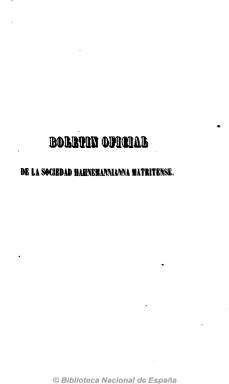
Título: Boletín oficial de la Sociedad Hahnemannianna Matritense
Otros títulos: Boletín oficial de la Sociedad Hahnemanniana Matritense
Colección: Homeopatía
Ámbito geográfico: Madrid
Lugar de publicación: Madrid
Fechas: 01/01/1846-31/12/1850

Órgano oficial de esta sociedad constituida en Madrid en noviembre de 1845, siendo su primer presidente José Núñez Pereira. El boletín aparecerá con el propósito de propagar la doctrina médica fundada por Samuel Hahnemann (1775-1843) y combatir el aislamiento que sufrían los homeópatas en España, causa de que dicha práctica no tuviera mayores conquistas, y para defenderse de los ataques que sufrían, según se señala en su artículo de presentación. También para que los homeópatas españoles estuvieran al corriente de los nuevos descubrimientos en esta materia, siendo contraria a la escuela que hermana la homeopatía con la alopatía, declarándose sus seguidores “homeópatas puros” o hahnenmanniannos.

Cada tomo anual del boletín, de entre 600 y 700 páginas, contiene artículos doctrinales, muchos de ellos traducciones, memorias, de práctica médica, noticias sobre los congresos y otras misceláneas, así como el reglamento y resúmenes de las actas de la sociedad. Al final de cada tomo publica un índice analítico de materias.